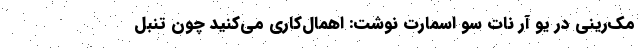
مک‌رینی در یو آر نات ‌سو اسمارت نوشت: اهمال‌کاری می‌کنید چون تنبل